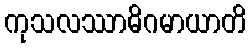
ကုသလဿာဓိဂမာယာတိ